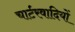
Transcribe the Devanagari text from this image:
चार्टरवादियों